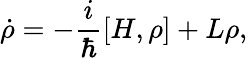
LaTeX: \dot{\rho}=-\frac{i}{\hbar}\left.[H,\rho\right]+L\rho,